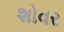
શોવર